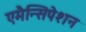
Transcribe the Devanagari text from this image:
एमैन्सिपेशन